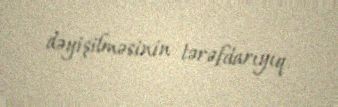
dəyişilməsinin tərəfdarıyıq.